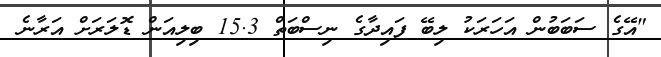
"އޭގެ ސަބަބުން އަހަރަކު ލިބޭ ފައިދާގެ ނިސްބަތް 15.3 ބިލިއަން ޑޮލަރަށް އަރާނެ